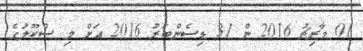
01 މާރިޗު 2016 ން 31 ޑިސެންބަރު 2016 އަށް މި ސްކޫލުގެ